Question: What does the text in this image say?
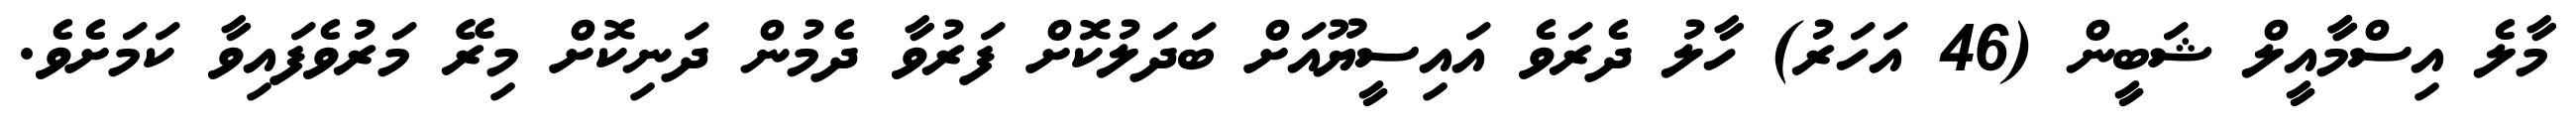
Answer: މާލެ އިސްމާާއީލް ޝަބީން (46 އަހަރު) ހާލު ދެރަވެ އައިސީޔޫއަށް ބަދަލުކޮށް ފަރުވާ ދެމުން ދަނިކޮށް މިރޭ މަރުވެފައިވާ ކަމަށެވެ.